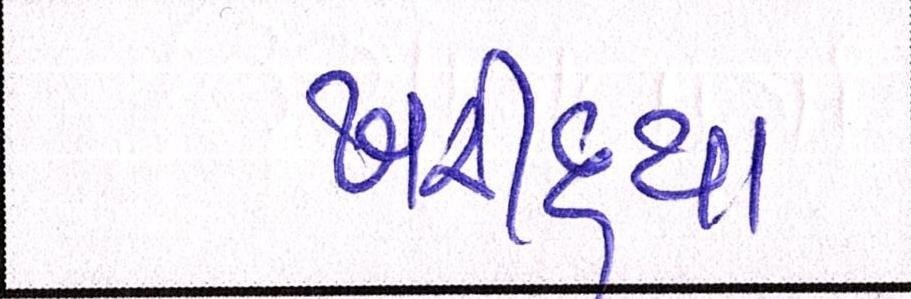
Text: ખરીદ્યા